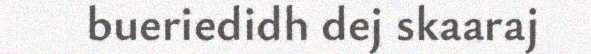
bueriedidh dej skaaraj